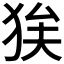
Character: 𭸉